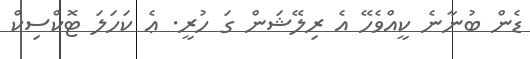
ޑެން ބުނާނެ ކީއްވެހޭ އެ ރިލޭޝަން ގަ ހުރީ. ޢެ ކަހަލަ ޓޮކްސިކް